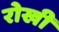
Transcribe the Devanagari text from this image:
रोखी